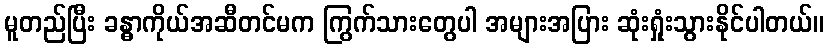
မူတည်ပြီး ခန္ဓာကိုယ်အဆီတင်မက ကြွက်သားတွေပါ အများအပြား ဆုံးရှုံးသွားနိုင်ပါတယ်။